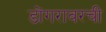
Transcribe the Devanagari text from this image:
डोंगरावरची